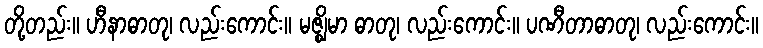
တို့တည်း။ ဟီနာဓာတု၊ လည်းကောင်း။ မဇ္ဈိမာ ဓာတု၊ လည်းကောင်း။ ပဏီတာဓာတု၊ လည်းကောင်း။